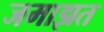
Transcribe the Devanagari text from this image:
जमाझत